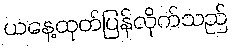
ယနေ့ထုတ်ပြန်လိုက်သည်